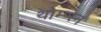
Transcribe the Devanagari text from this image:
थोम्प्स्न